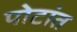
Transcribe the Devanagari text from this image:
पोटांत